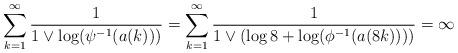
LaTeX: \begin{align*}\sum_{k=1}^\infty \frac{1}{1\vee\log(\psi^{-1}(a(k)))} = \sum_{k=1}^\infty \frac{1}{1\vee(\log 8+\log(\phi^{-1}(a(8k))))}=\infty\end{align*}